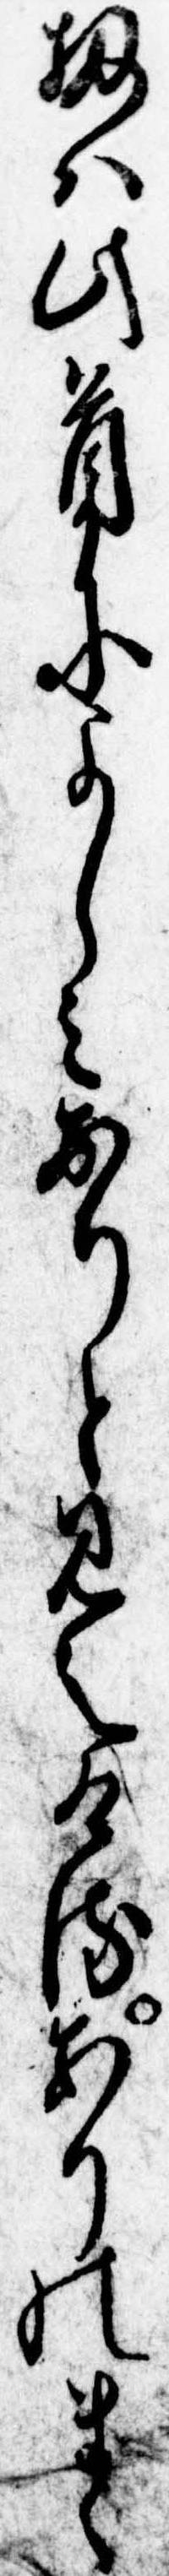
扨は此首によしみありと見えけるありのまゝ